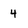
Character: 4